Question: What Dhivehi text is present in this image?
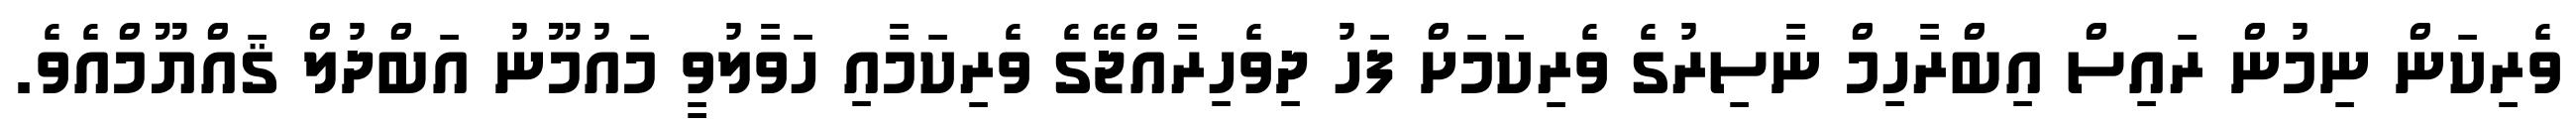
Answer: ވެރިކަން ނިމުން ރައިސް އިބްރާހިމް ނާސިރުގެ ވެރިކަމަށް ފަހު ދިވެހިރާއްޖޭގެ ވެރިކަމާއި ހަވާލުވީ މައުމޫނު އަބްދުލް ޤައްޔޫމްއެވެ.